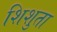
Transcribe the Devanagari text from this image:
शिशुता